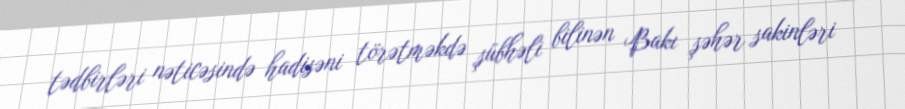
tədbirləri nəticəsində hadisəni törətməkdə şübhəli bilinən Bakı şəhər sakinləri